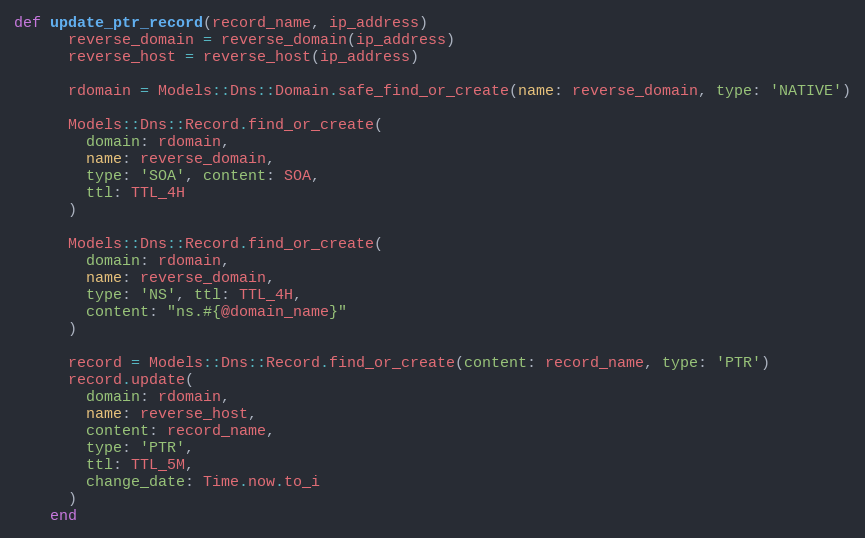
Language: Ruby
def update_ptr_record(record_name, ip_address)
      reverse_domain = reverse_domain(ip_address)
      reverse_host = reverse_host(ip_address)

      rdomain = Models::Dns::Domain.safe_find_or_create(name: reverse_domain, type: 'NATIVE')

      Models::Dns::Record.find_or_create(
        domain: rdomain,
        name: reverse_domain,
        type: 'SOA', content: SOA,
        ttl: TTL_4H
      )

      Models::Dns::Record.find_or_create(
        domain: rdomain,
        name: reverse_domain,
        type: 'NS', ttl: TTL_4H,
        content: "ns.#{@domain_name}"
      )

      record = Models::Dns::Record.find_or_create(content: record_name, type: 'PTR')
      record.update(
        domain: rdomain,
        name: reverse_host,
        content: record_name,
        type: 'PTR',
        ttl: TTL_5M,
        change_date: Time.now.to_i
      )
    end